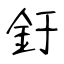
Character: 釪